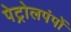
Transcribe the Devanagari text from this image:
पेट्रोलपंपों